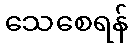
သေစေရန်